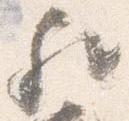
歟